Medical and sanitary report on the native army of Bombay for the year
Year: 1878
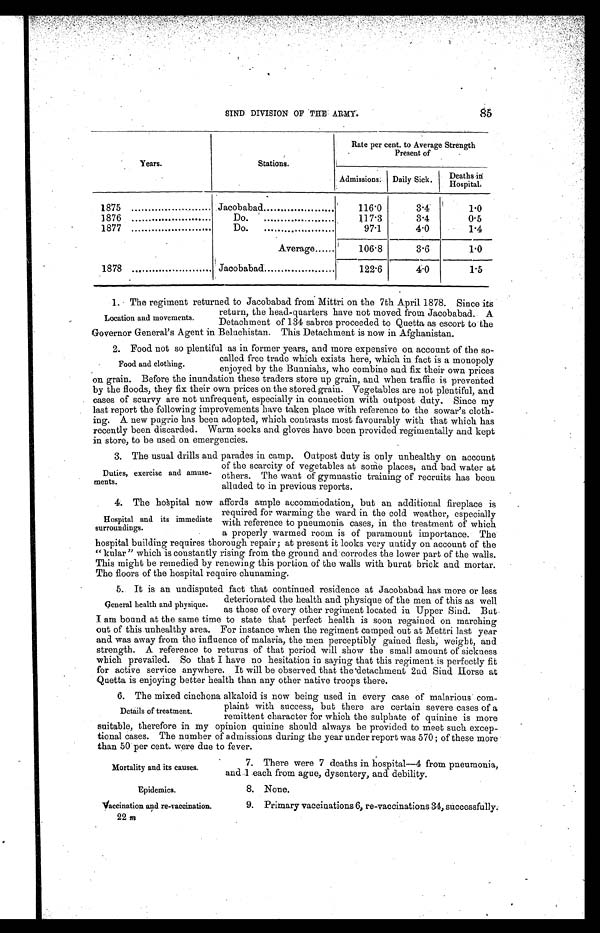
Mortality and its causes.
Epidemics.
Vaccination and re-vaccination.
22 m
85
SIND DIVISION OF THE ARMY.
Years.
Stations.
Rate per cent. to Average Strength
Present of
Admissions. Daily Sick.
Deaths in
Hospital.
1875
Jacobabad .
116.0
3.4
1 . 0
1876
Do.
. . . . . . . . . . . . .
117.3
3.4
0.5
1877
Do.
. . . . . . . . . . . . . . . . . . . . . .
97.1
4.0
1 . 4
Average......
106.8
3.6
1 . 0
1878
Jacobabad
122.6
4.0
1.5
1. The regiment returned to Jacobabad from Mittri on the 7th April 1878. Since its
return, the head-quarters have not moved from Jacobabad. A
Detachment of 134 sabres proceeded to Quetta as escort to the
Governor General’s Agent in Beluchistan. This Detachment is now in Afghanistan.
2. Food not so plentiful as in former years, and more expensive on account of the so-
called free trade which exists here, which in fact is a monopoly
enjoyed by the Bunniahs, who combine and fix their own prices
on grain. Before the inundation these traders store up grain, and when traffic is prevented
by the floods, they fix their own prices on the stored grain. Vegetables are not plentiful, and
cases of scurvy are not unfrequent, especially in connection with outpost duty. Since my
last report the following improvements have taken place with reference to the sowar’s cloth-
ing. A. new pugrie has been adopted, which contrasts most favourably with that which has
recently been discarded. Warm socks and gloves have been provided regimentally and kept
in store, to be used on emergencies.
3. The usual drills and parades in camp. Outpost duty is only unhealthy on account
of the scarcity of vegetables at somē places, and bad water at
others. The want of gymnastic training of recruits has been
alluded to in previous reports.
4. The hospital now affords ample accommodation, but an additional fireplace is
required for warming the ward in the cold weather, especially
with reference to pneumonia cases, in the treatment of which
a properly warmed room is of paramount importance. The
hospital building requires thorough repair ; at present it looks very untidy on account of the
“ kular”which is constantly rising from the ground and corrodes the lower part of the walls.
This might be remedied by renewing this portion of the walls with burnt brick and mortar.
The floors of the hospital require chunaming.
5. It is an undisputed fact that continued residence at Jacobabad has more or less
d e t e r i o r a t e d
t h e h e a l t ha
n d
p h y s i q u e o f t h e m e n o f t h i s a s w e l l
as those of every other regiment located in Upper Sind. But
I am bound at the same time to state that perfect health is soon regained on marching
out of this unhealthy area. For instance when the regiment camped out at Mettri last year
and was away from the influence of malaria, the men perceptibly gained flesh, weight, and
strength. A reference to returns of that period will show the small amount of sickness
which prevailed. So that I have no hesitation in saying that this regiment is perfectly fit
for active service anywhere. It will be observed that the detachment 2nd Sind Horse at
Quetta is enjoying better health than any other native troops there.
6. The mixed cinchona alkaloid is now being used in every case of malarious Com-
plaint with success, but there are certain severe cases of a
remittent character for which the sulphate of quinine is more
suitable, therefore in my opinion quinine should always be provided to meet such excep-
tional cases. The number of admissions during the year under report was 570 ; of these more
than 50 per cent. were due to fever.
Location and movements.
Food and clothing.
Duties, exercise and amuse-
ments.
Hospital and its immediate
surroundings.
general health and physique.
Details of treatment.
7. There were 7 deaths in hospital—4 from pneumonia,
and 1 each from ague, dysentery, and debility.
8. None.
9. Primary vaccinations 6, re-vaccinations 34, successfully.